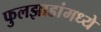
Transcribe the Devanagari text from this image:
फुलझाडांमध्ये